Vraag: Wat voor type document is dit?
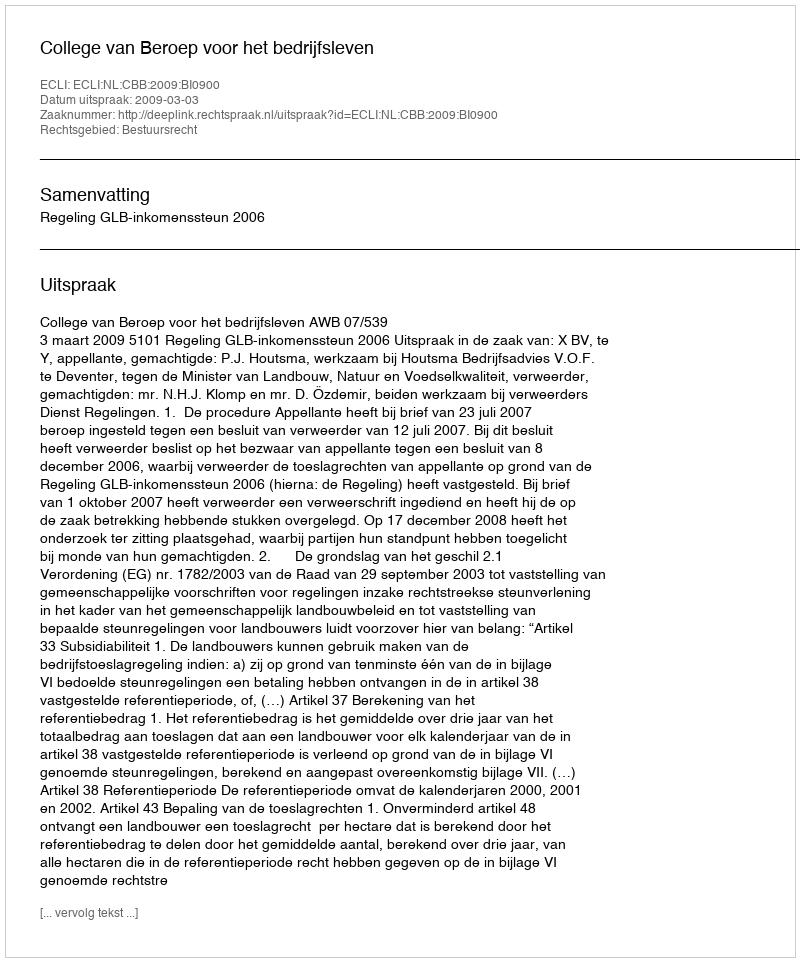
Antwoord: Uitspraak